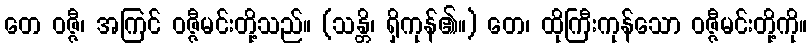
တေ ဝဇ္ဇီ၊ အကြင် ဝဇ္ဇီမင်းတို့သည်။ (သန္တိ၊ ရှိကုန်၏။) တေ၊ ထိုကြီးကုန်သော ဝဇ္ဇီမင်းတို့ကို။